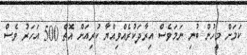
ކަމަށް މީހުން ބުނި ނަމަވެސް އިރާދަކުރެއްވިއްޔާ ކުރިއަށް އޮތް 500 އަހަރު ވެސް